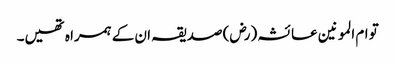
تو ام المو نین عا ئشہ (رض) صدیقہ ان کے ہمرا ہ تھیں۔